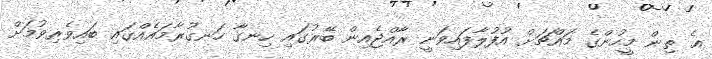
އެ ތިން މީހުންގެ މައްޗަށް އުފުލާފައިވަނީ ރާއްޖެއިން ބޭރުގައި ހިނގާ ހަނގުރާމައެއްގައި ބައިވެރިވުމަށް